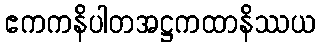
ဧကကနိပါတအဋ္ဌကထာနိဿယ